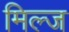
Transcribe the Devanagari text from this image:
मिल्ज